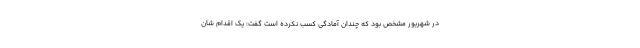
در شهریور مشخص بود که چندان آمادگی کسب نکرده است گفت: یک اقدام شان